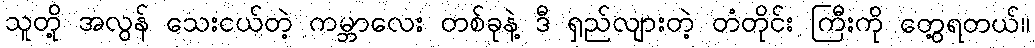
သူတို့ အလွန် သေးငယ်တဲ့ ကမ္ဘာလေး တစ်ခုနဲ့ ဒီ ရှည်လျားတဲ့ တံတိုင်း ကြီးကို တွေ့ရတယ်။